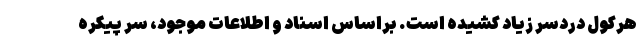
هرکول دردسر زیاد کشیده است. براساس اسناد و اطلاعات موجود، سر پیکره